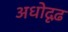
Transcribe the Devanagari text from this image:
अधोदृढ़